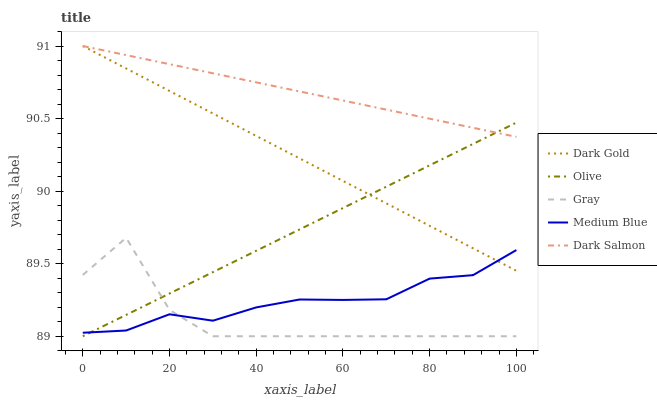
| xaxis_label | Dark Gold | Olive | Gray | Medium Blue | Dark Salmon |
 | --- | --- | --- | --- | --- | --- |
 | 0 | 91 | 89 | 89.4 | 89 | 91 |
 | 10 | 90.8 | 89.1 | 89.7 | 89 | 90.9 |
 | 20 | 90.7 | 89.3 | 89.2 | 89.2 | 90.9 |
 | 30 | 90.5 | 89.4 | 89 | 89.1 | 90.8 |
 | 40 | 90.4 | 89.6 | 89 | 89.2 | 90.7 |
 | 50 | 90.2 | 89.7 | 89 | 89.3 | 90.7 |
 | 60 | 90.1 | 89.9 | 89 | 89.3 | 90.6 |
 | 70 | 89.9 | 90 | 89 | 89.3 | 90.6 |
 | 80 | 89.8 | 90.2 | 89 | 89.4 | 90.5 |
 | 90 | 89.6 | 90.3 | 89 | 89.4 | 90.4 |
 | 100 | 89.5 | 90.5 | 89 | 89.6 | 90.4 |